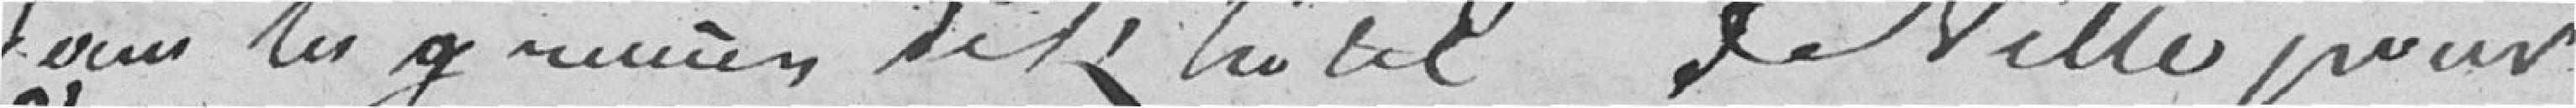
dans les greniers de l'hôtel de Ville pour